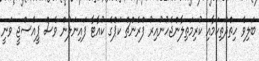
ބަލިވެ ހިތްދަތިކަމާއި ކުރިމަތިލާންޖެހުނުއިރު ފްރެންޗް ކަޕްގެ ކުއާޓާ ފައިނަލުން ވެސް ޕީއެސްޖީ ވަނީ